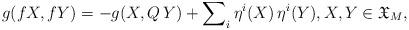
LaTeX: \begin{align*} g({f} X,{f} Y)= -g(X,Q\,Y) +\sum\nolimits_{i} \eta^i(X)\,\eta^i(Y),X,Y\in\mathfrak{X}_M,\end{align*}